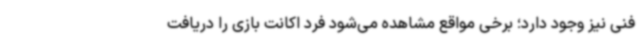
فنی نیز وجود دارد؛ برخی مواقع مشاهده می‌شود فرد اکانت بازی را دریافت